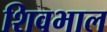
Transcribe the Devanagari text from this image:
शिवभाल